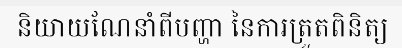
និយាយណែនាំពីបញ្ហា នៃការត្រួតពិនិត្យ